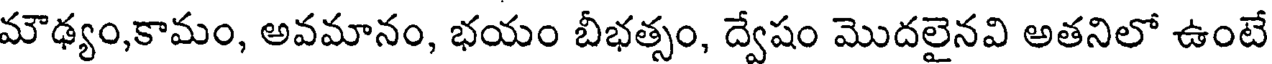
మౌఢ్యం,కామం, అవమానం, భయం బీభత్సం, ద్వేషం మొదలైనవి అతనిలో ఉంటే